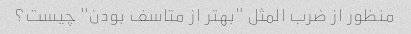
منظور از ضرب المثل "بهتر از متاسف بودن" چیست؟